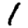
Digit: 1